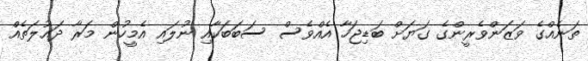
ތަނެއްގެ ވަޒަންވެރީންގެ ގަޔަށް ބަޑިޖަހާ އެއްވެސް ސަބަބަކާއި ނުލައި އެމީހުން މަރާ ދައުލަތެއް